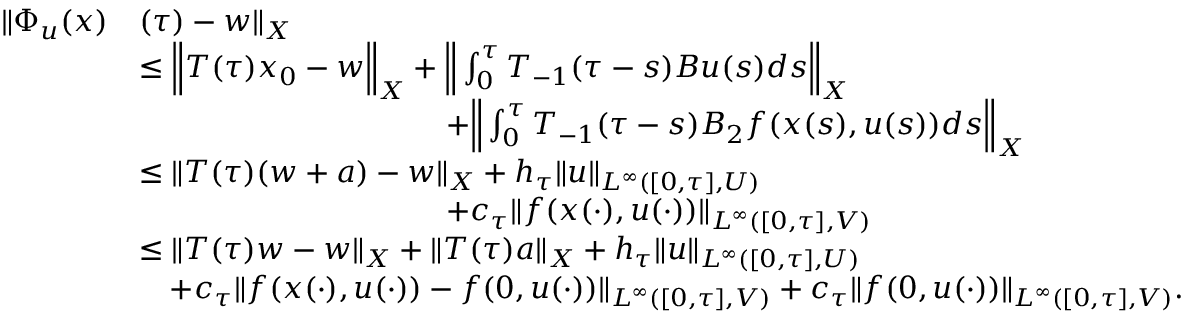
\begin{array} { r l } { \| \Phi _ { u } ( x ) } & { ( \tau ) - w \| _ { X } } \\ & { \leq \Big \| T ( \tau ) x _ { 0 } - w \Big \| _ { X } + \Big \| \int _ { 0 } ^ { \tau } T _ { - 1 } ( \tau - s ) B u ( s ) d s \Big \| _ { X } } \\ & { \qquad \qquad \qquad \qquad \qquad + \Big \| \int _ { 0 } ^ { \tau } T _ { - 1 } ( \tau - s ) B _ { 2 } f ( x ( s ) , u ( s ) ) d s \Big \| _ { X } } \\ & { \leq \| T ( \tau ) ( w + a ) - w \| _ { X } + h _ { \tau } \| u \| _ { L ^ { \infty } ( [ 0 , \tau ] , U ) } } \\ & { \qquad \qquad \qquad \qquad \qquad + c _ { \tau } \| f ( x ( \cdot ) , u ( \cdot ) ) \| _ { L ^ { \infty } ( [ 0 , \tau ] , V ) } } \\ & { \leq \| T ( \tau ) w - w \| _ { X } + \| T ( \tau ) a \| _ { X } + h _ { \tau } \| u \| _ { L ^ { \infty } ( [ 0 , \tau ] , U ) } } \\ & { \quad + c _ { \tau } \| f ( x ( \cdot ) , u ( \cdot ) ) - f ( 0 , u ( \cdot ) ) \| _ { L ^ { \infty } ( [ 0 , \tau ] , V ) } + c _ { \tau } \| f ( 0 , u ( \cdot ) ) \| _ { L ^ { \infty } ( [ 0 , \tau ] , V ) } . } \end{array}